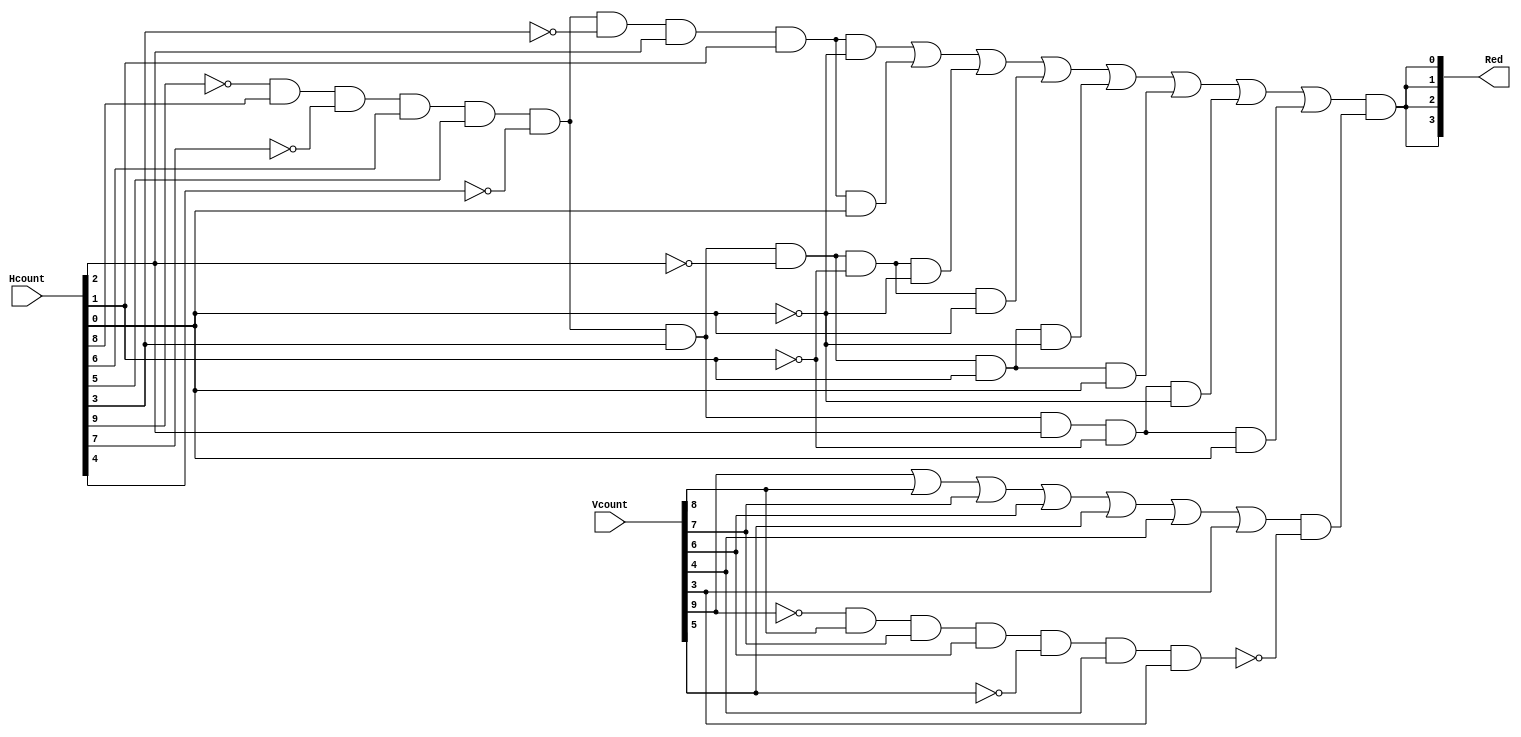
`timescale 1ns / 1ps
//////////////////////////////////////////////////////////////////////////////////
// Company: 
// Engineer: 
// 
// Design Name: 
// Module Name: VertObstacle
// Project Name: 
// Target Devices: 
// Tool Versions: 
// Description: 
// 
// Dependencies: 
// 
// Revision:
// Revision 0.01 - File Created
// Additional Comments:
// 
//////////////////////////////////////////////////////////////////////////////////


module V5(
    input [9:0] Hcount,
    input [9:0] Vcount,
    output[3:0] Red
    );
    
    assign Red[3] = ((~Hcount[9] & Hcount[8] & ~Hcount[7] & Hcount[6] & Hcount[5] & ~Hcount[4] & ~Hcount [3] & Hcount[2] & Hcount[1] & ~Hcount[0]) | 
                    (~Hcount[9] & Hcount[8] & ~Hcount[7] & Hcount[6] & Hcount[5] & ~Hcount[4] & ~Hcount [3] & Hcount[2] & Hcount[1] & Hcount[0]) |
                    (~Hcount[9] & Hcount[8] & ~Hcount[7] & Hcount[6] & Hcount[5] & ~Hcount[4] & Hcount [3] & ~Hcount[2] & ~Hcount[1] & ~Hcount[0]) | 
                    (~Hcount[9] & Hcount[8] & ~Hcount[7] & Hcount[6] & Hcount[5] & ~Hcount[4] & Hcount [3] & ~Hcount[2] & ~Hcount[1] & Hcount[0]) | 
                    (~Hcount[9] & Hcount[8] & ~Hcount[7] & Hcount[6] & Hcount[5] & ~Hcount[4] & Hcount [3] & ~Hcount[2] & Hcount[1] & ~Hcount[0]) | 
                    (~Hcount[9] & Hcount[8] & ~Hcount[7] & Hcount[6] & Hcount[5] & ~Hcount[4] & Hcount [3] & ~Hcount[2] & Hcount[1] & Hcount[0]) | 
                    (~Hcount[9] & Hcount[8] & ~Hcount[7] & Hcount[6] & Hcount[5] & ~Hcount[4] & Hcount [3] & Hcount[2] & ~Hcount[1] & ~Hcount[0]) | 
                    (~Hcount[9] & Hcount[8] & ~Hcount[7] & Hcount[6] & Hcount[5] & ~Hcount[4] & Hcount [3] & Hcount[2] & ~Hcount[1] & Hcount[0])) & 
                    ((Vcount[9] | Vcount[8] | Vcount[7] | Vcount[6] | Vcount[5] | Vcount[4] | Vcount[3]) & 
                    (~(~Vcount[9] & Vcount[8] & Vcount[7] & Vcount[6] & ~Vcount[5] & Vcount[4] & Vcount[3])));
    assign Red[2] = Red[3];  
    assign Red[1] = Red[3];
    assign Red[0] = Red[3];  
    
endmodule